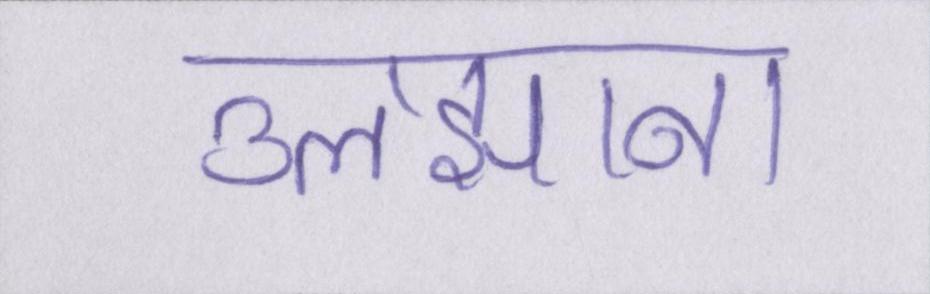
उलझाना